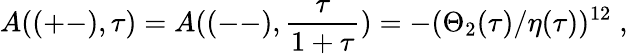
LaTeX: A((+-),\tau)=A((--),\frac{\tau}{1+\tau})=-(\Theta_{2}(\tau)/\eta(\tau))^{12}\; ,